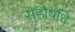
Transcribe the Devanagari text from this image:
सहौषधि